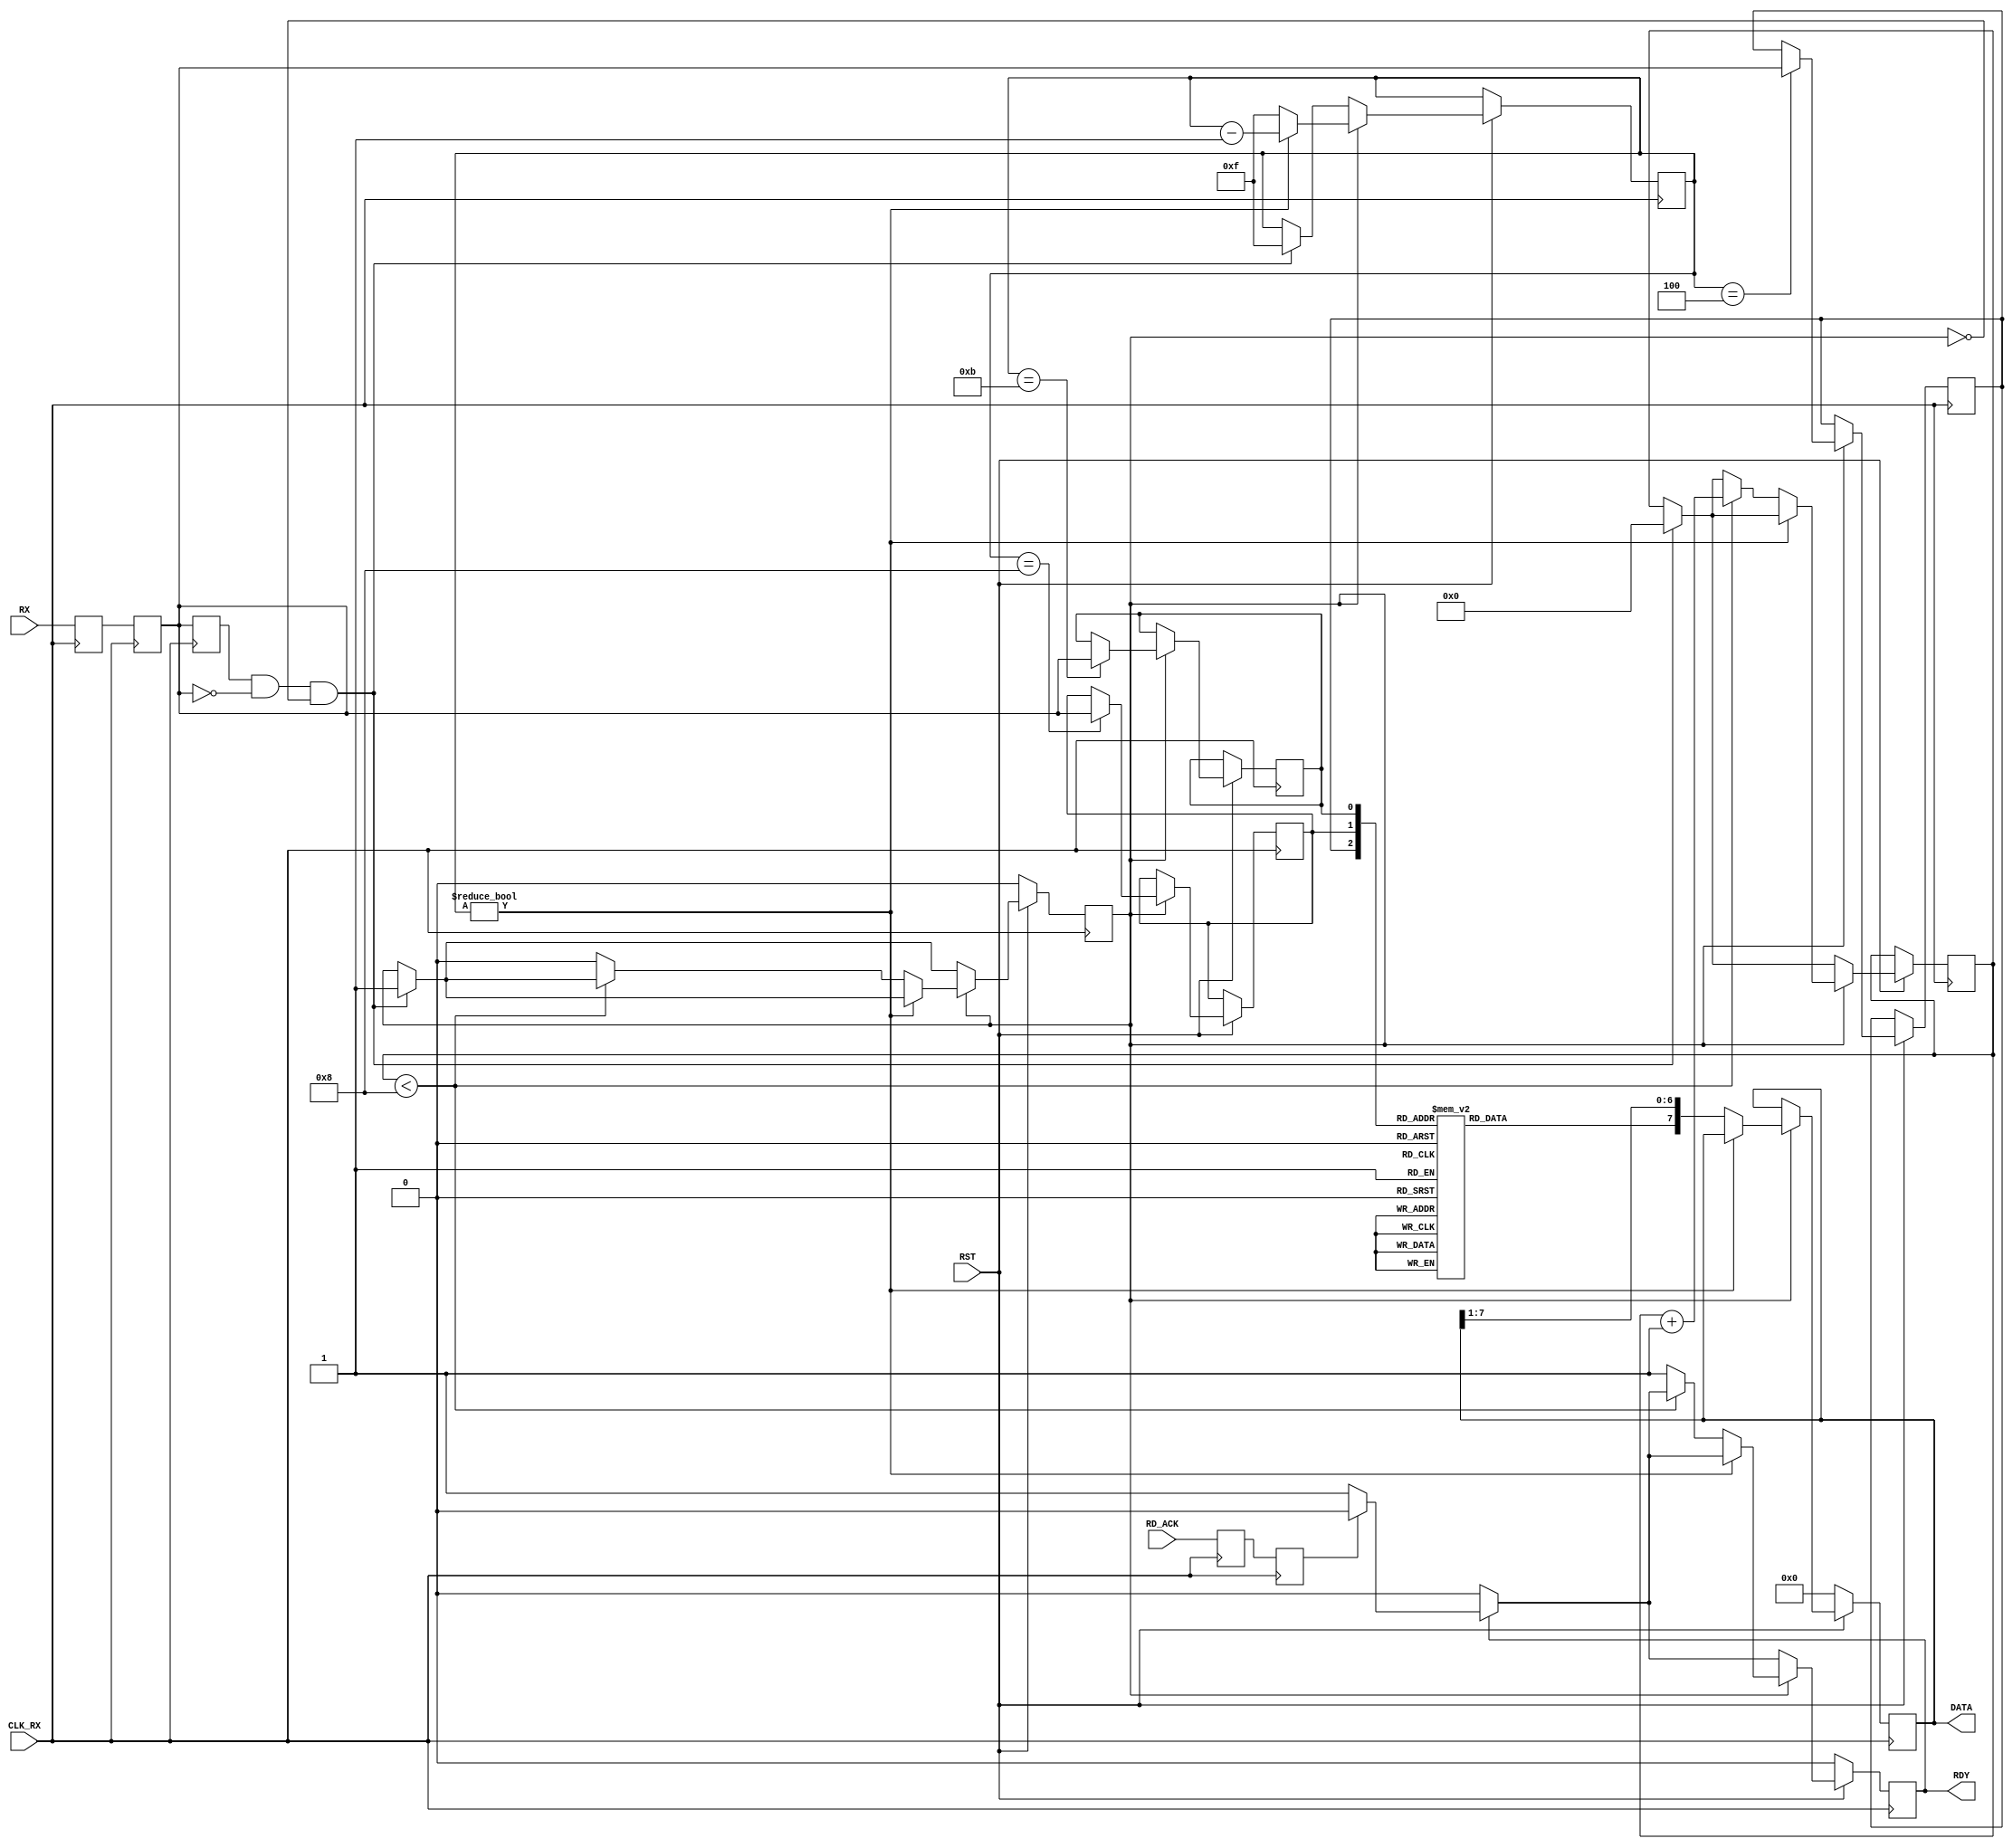
   //////////////////////////////////////////////////////////////////////////////////
//
// Wirtualny komponent odbiornika portu UART
//
// (C) 2009 Zbigniew Hajduk
// http://zh.prz-rzeszow.pl
//
// Ten kod rdowy moe podlega wolnej redystrybucji i/lub modyfikacjom 
// na oglnych zasadach okrelonych licencj GNU General Public License.
//
// Autor wyraa nadziej, e kod wirtualnego komponentu bdzie uyteczny
// jednak nie udziela ADNEJ GWARANCJI dotyczcej jego sprawnoci
// oraz przydatnoci dla partykularnych zastosowa.
//
////////////////////////////////////////////////////////////////////////////////// 


module SERIAL_RX(input CLK_RX,RST,RX,RD_ACK,
                 output [7:0] DATA,
		  output RDY);


reg [7:0] rxdata;
reg [3:0] cnt;
reg r1,r2,r3,start,rxbit,rxdone;
reg rx_sync1,rx_sync2,rx_m,rd_ack_sync1,rd_ack_sync2;
reg [3:0] bcnt;

assign DATA=rxdata;
assign RDY=rxdone;

always @(*) //(1)
 case ({r1,r2,r3})
  3'b000: rxbit=0;
  3'b001: rxbit=0;
  3'b010: rxbit=0;
  3'b011: rxbit=1;
  3'b100: rxbit=0;
  3'b101: rxbit=1;
  3'b110: rxbit=1;
  3'b111: rxbit=1;
 endcase 

always @(posedge CLK_RX) //(2)
begin 
 rx_sync1<=RX;
 rx_sync2<=rx_sync1;
 rx_m<=rx_sync2;
 rd_ack_sync1<=RD_ACK;
 rd_ack_sync2<=rd_ack_sync1;
end

always @(posedge CLK_RX)
begin
  if(~RST)
  begin
   start<=1'b0; rxdone<=1'b0; rxdata<=8'd0;
  end
  else
  begin
    if(rxdone)
     if (rd_ack_sync2) rxdone<=1'b0;

     if(rx_m&~rx_sync2&~start) //(3)
     begin start<=1'b1; cnt<=4'd15; bcnt<=4'd0; end
     if(start)
     begin
      if(cnt==5'd11)  r3<=rx_sync2; //(4)
      if(cnt==5'd8)   r2<=rx_sync2; //(5)
      if(cnt==5'd4)   r1<=rx_sync2; //(6)
      if(cnt) cnt<=cnt-1; else
	 begin
	   cnt<=4'd15;
	   rxdata<={rxbit,rxdata[7:1]}; //(7)
	   if (bcnt<8) bcnt<=bcnt+1;
	   else begin start<=1'b0; rxdone<=1'b1; end
	 end
     end
  end
end
endmodule